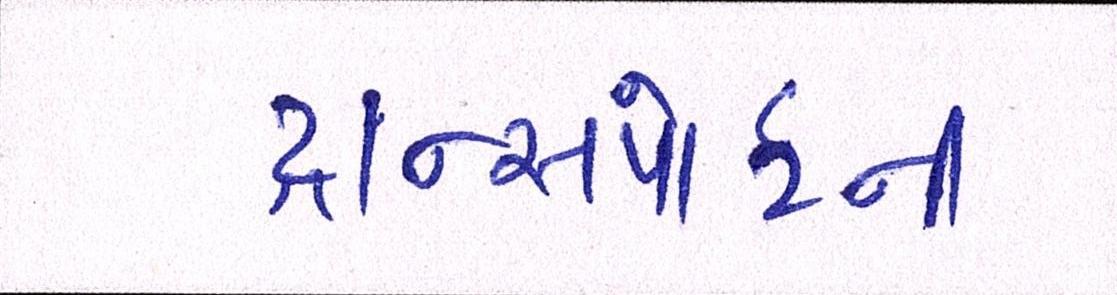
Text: ટ્રાન્સપોર્ટની